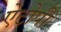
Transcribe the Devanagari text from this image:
ऐटोपी